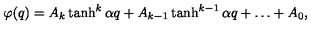
\varphi ( q ) = A _ { k } \tanh ^ { k } { \alpha q } + A _ { k - 1 } \tanh ^ { k - 1 } { \alpha q } + \ldots + A _ { 0 } ,